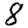
Digit: 8